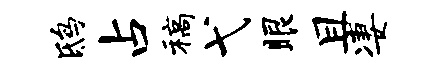
鸱占稿弋眼且凄